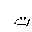
Letter: _ta